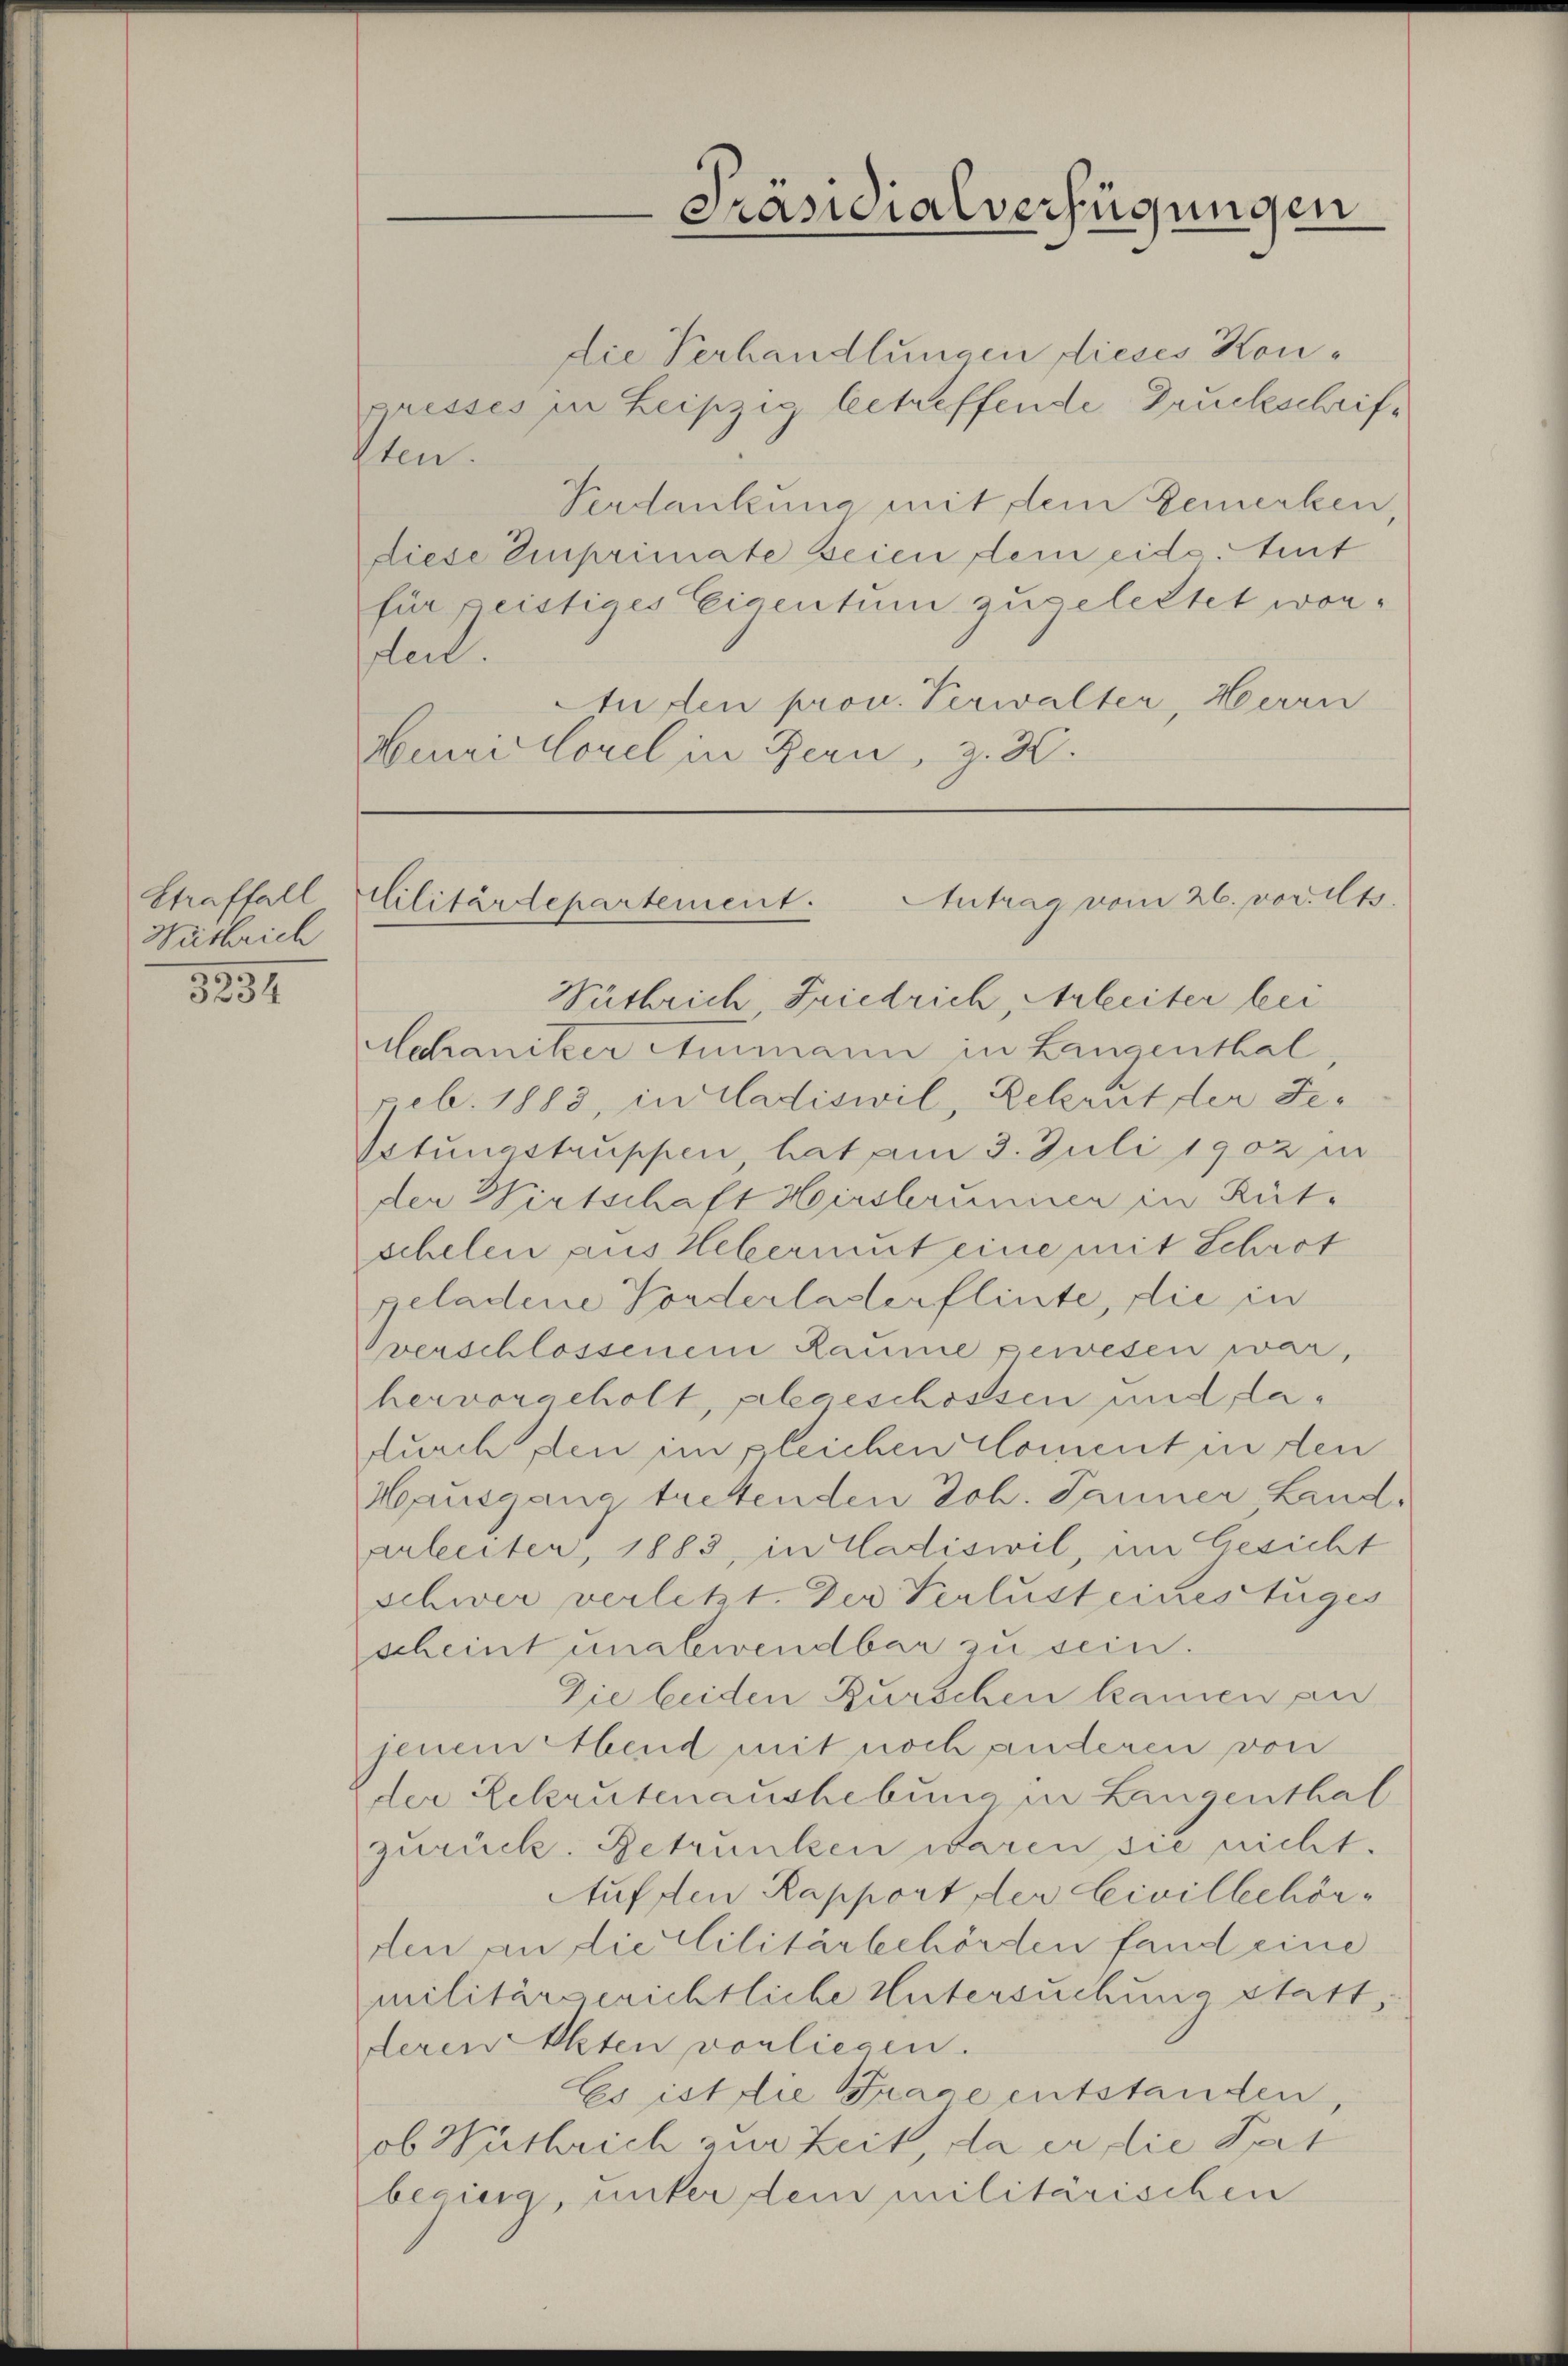
Straffall
Wüthrich

3234

Cilitärdepartemeist. Antrag vom 26. vor. Mts.

die Verhandlungen dieses Konpresses in Leipzig betreffende Druckschrifften.
Verdankung mit dem Zemerken,
diese Einprimate seien dem eidg. Mit
für geistiges Eigentum zugelettet worsolent.
Aufen prov. Verwalter, Herrn
Meuritorel in Bern, z. 30.

Präsidialverfügungen

Wathrich Friedrich, Arbeiter bei
Schaniker Ausmann in Langenthal
Feb. 1883, in Ladiswil, Rekruter Fe¬
Ostungstruppen, hat am 3. Juli 1902 in
der Wirtschaft Hirsterinner in Rüt.
schelen aus Hebermut eine mit Schröt
geladene Forderladerflinte, die in
verschlossenen Raume gewesen war,
hervorgeholt, alegeschossen und dadurch den im gleichen Coment in den
Hausgang trettenden Joh. Janner Landarleiter, 1883, in Ladiswil, im Gesicht
schwer verletzt. Der Verlust eines tüges
scheint unalewendbar zu sein.
Die beiden Burschen kamen an
jenem Abend mit noch anderen von
der Rekrutenaushebung in Langenthal
zurück. Betrunken waren sie nicht.
Auffen Rapport der Civilbehörden an die Militärbehörden fand eine
militärgerichtliche Untersuchung statt,
deren Akten vorliegen.
Es ist die Trage entstanden,
ob Wüsbrich zur Zeit, da er die Pert
begieng, unter dem militärischen